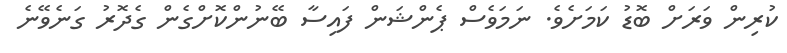
ކުރިން ވަރަށް ބޮޑު ކަމަށެވެ. ނަމަވެސް ޕެންޝަން ފައިސާ ބޭނުންކޮށްގެން ގެދޮރު ގަނެވޭނެ